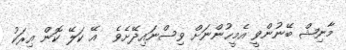
މާނިޝް ބޭނުންވީ އެމީޙުންނަށް ވިސްނައިދޭށެވެ  އޭ ކަލޭ ކޮން އިރަކު